Civil Veterinary Department. United Provinces 1932-42 - 1932-1942
Year: 1932
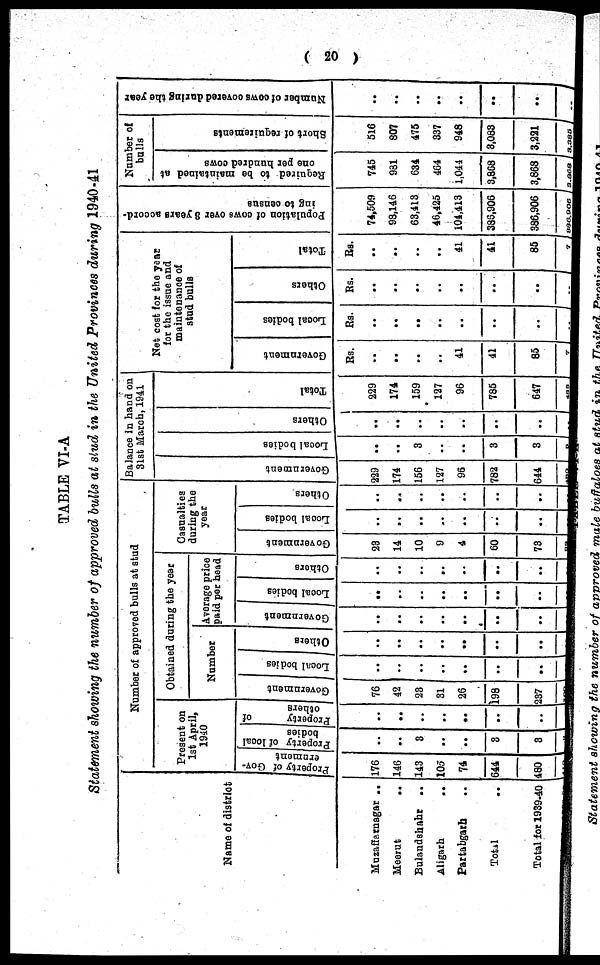
( 20 )
TABLE VI-A
Statement showing the number of approved bulls at stud in the United Provinces during 1940-41
Name of district
Muzaffanagar ..
Meerut
..
Bulandshahr ..
Aligarh
..
Partabgarh ..
Total ..
Total for 1939-40
Number of approved bulls at stud
Present on
1st April,
1940
Property of Gov-
ernment
176
146
143
105
74
644
480
419
Property of local
bodies
..
..
3
..
..
3
3
3
Property
of
others
..
..
..
..
..
..
..
..
Obtained during the year
Number
Government
76
42
23
31
26
198
237
100
Local bodies
..
..
..
..
..
..
..
..
Others
..
..
..
..
..
..
..
..
Average price
paid per head
Government
..
..
..
..
..
..
..
..
Local bodies
..
..
..
..
..
..
..
..
Others
..
..
..
..
..
..
..
..
Casualties
during the
year
Government
23
14
10
9
4
60
73
32
Local bodies
..
..
..
..
..
..
..
..
Others
..
..
..
..
..
..
..
..
Balance in hand on
31st March, 1941
Go v e r
n me n t
229
174
156
127
96
782
644
480
Local bodi es
..
..
3
..
..
3
3
3
Ot her s
..
..
..
..
..
..
..
..
Total
229
174
159
127
96
785
647
488
Net cost for the year
for the issue and
maintenance of
stud bulls
Government
Rs.
..
..
..
..
41
41
85
7
Local bodies
Rs.
..
..
..
..
..
..
..
..
Others
Rs.
..
..
..
..
..
..
..
..
Total
Rs.
..
..
..
..
41
41
85
7
Population of cows over 3 years accord-
ing to census
74,509
98,146
63,413
46,425
104,113
386,906
386,906
386,906
Number of
bulls
Required to be maintained at
one per
hundred cows
745
981
634
464
1,044
3,868
3,868
3,868
Short of requirements
516
807
475
337
948
3,083
3,221
3,385
Number of cows covered daring the year
..
..
..
..
..
..
..
..